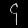
Digit: ၄